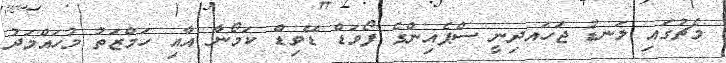
މެޗުގައި ލަނޑު ޖަހައދިނީ ސްޕެއިންގެ ފޯވަޑް ޑޭވިޑް ކަމޯނާ އާއި ހަމްޒަތު މުހައްމަދު